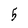
Character: 5